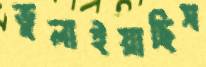
ভুলাইয়াছিস